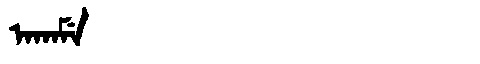
Manchu: ᠠᡴᠠᠮᡝ
Romanization: AKAME